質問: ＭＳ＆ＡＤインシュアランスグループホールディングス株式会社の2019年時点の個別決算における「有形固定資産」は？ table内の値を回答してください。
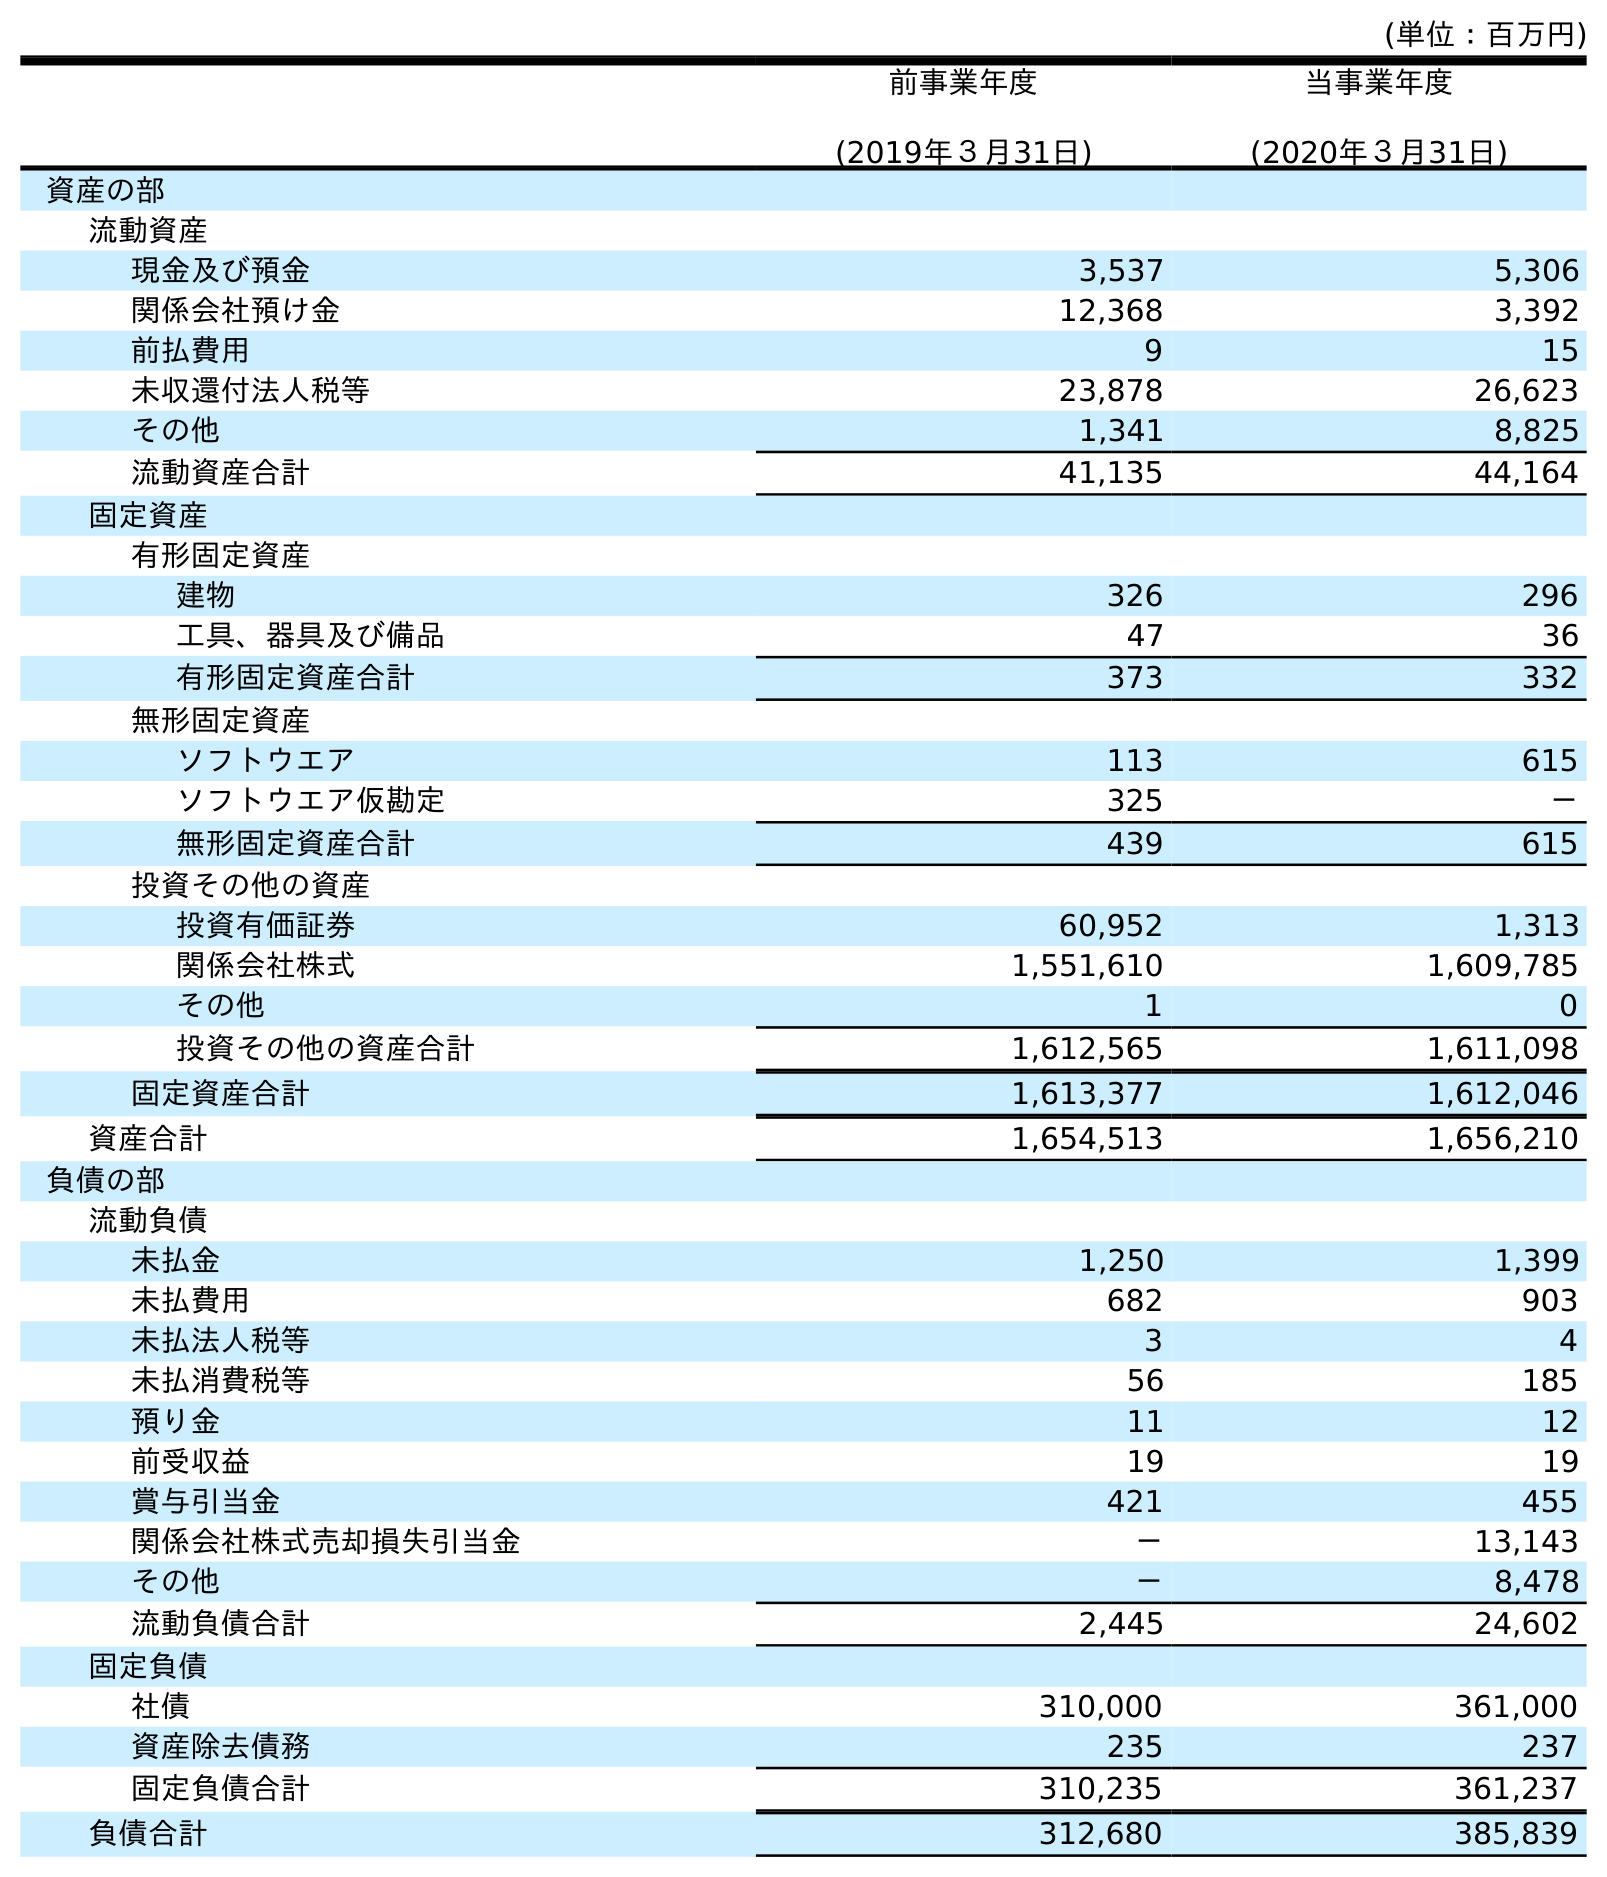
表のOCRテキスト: (単位：百万円) 前事業年度 (2019年３月31日) 当事業年度 (2020年３月31日) 資産の部 流動資産 現金及び預金 3,537 5,306 関係会社預け金 12,368 3,392 前払費用 9 15 未収還付法人税等 23,878 26,623 その他 1,341 8,825 流動資産合計 41,135 44,164 固定資産 有形固定資産 建物 326 296 工具、器具及び備品 47 36 有形固定資産合計 373 332 無形固定資産 ソフトウエア 113 615 ソフトウエア仮勘定 325 － 無形固定資産合計 439 615 投資その他の資産 投資有価証券 60,952 1,313 関係会社株式 1,551,610 1,609,785 その他 1 0 投資その他の資産合計 1,612,565 1,611,098 固定資産合計 1,613,377 1,612,046 資産合計 1,654,513 1,656,210 負債の部 流動負債 未払金 1,250 1,399 未払費用 682 903 未払法人税等 3 4 未払消費税等 56 185 預り金 11 12 前受収益 19 19 賞与引当金 421 455 関係会社株式売却損失引当金 － 13,143 その他 － 8,478 流動負債合計 2,445 24,602 固定負債 社債 310,000 361,000 資産除去債務 235 237 固定負債合計 310,235 361,237 負債合計 312,680 385,839
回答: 373